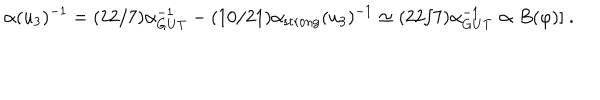
\alpha ( u _ { 3 } ) ^ { - 1 } = ( 2 2 / 7 ) \alpha _ { \mathrm { G U T } } ^ { - 1 } - ( 1 0 / 2 1 ) \alpha _ { \mathrm { s t r o n g } } ( u _ { 3 } ) ^ { - 1 } \simeq ( 2 2 / 7 ) \alpha _ { \mathrm { G U T } } ^ { - 1 } \propto B ( \varphi ) ] \ .